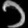
Digit: ၁